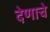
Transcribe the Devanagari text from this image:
देणाचे